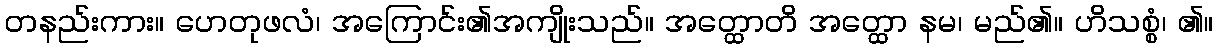
တနည်းကား။ ဟေတုဖလံ၊ အကြောင်း၏အကျိုးသည်။ အတ္ထောတိ အတ္ထော နမ၊ မည်၏။ ဟိသစ္စံ၊ ၏။